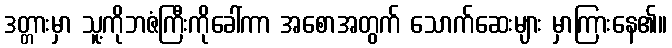
ဒတ္တားမှာ သူ့ကိုဘဇံကြီးကိုခေါ်ကာ အစောအတွက် သောက်ဆေးများ မှာကြားနေ၏။